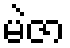
မဲဇာ